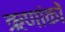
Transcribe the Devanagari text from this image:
ऋणांकों